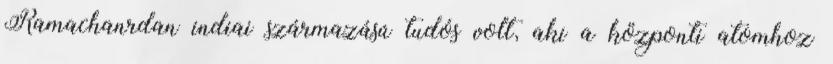
Ramachanrdan indiai származású tudós volt, aki a központi atomhoz